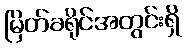
မြိတ်ခရိုင်အတွင်းရှိ